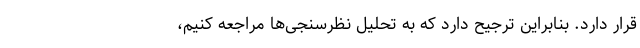
قرار دارد. بنابراین ترجیح دارد که به تحلیل نظرسنجی‌ها مراجعه کنیم،